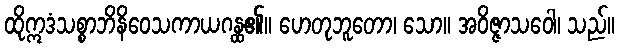
ထိုဣဒံသစ္စာဘိနိဝေသကာယဂန္ထ၏။ ဟေတုဘူတော၊ သော။ အဝိဇ္ဇာသဝေါ၊ သည်။